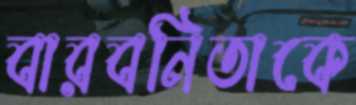
বারবনিতাকে